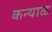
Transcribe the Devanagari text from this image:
कन्याळ